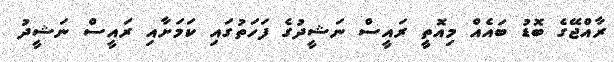
ރާއްޖޭގެ ބޮޑު ބައެއް މިއޮތީ ރައީސް ނަޝީދުގެ ފަހަތުގައި ކަމަށާއި ރައީސް ނަޝީދު